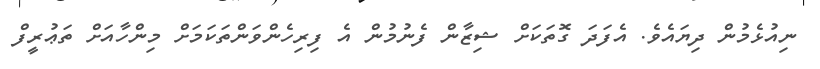
ނިއުޅެމުން ދިޔައެވެ. އެފަދަ ގޮތަކަށް ޝިޒާން ފެނުމުން އެ ފިރިހެންވަންތަކަމަށް މިންހާއަށް ތަޢުރީފް